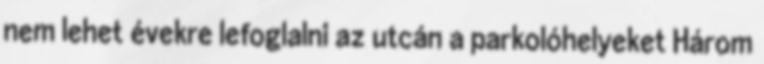
nem lehet évekre lefoglalni az utcán a parkolóhelyeket Három